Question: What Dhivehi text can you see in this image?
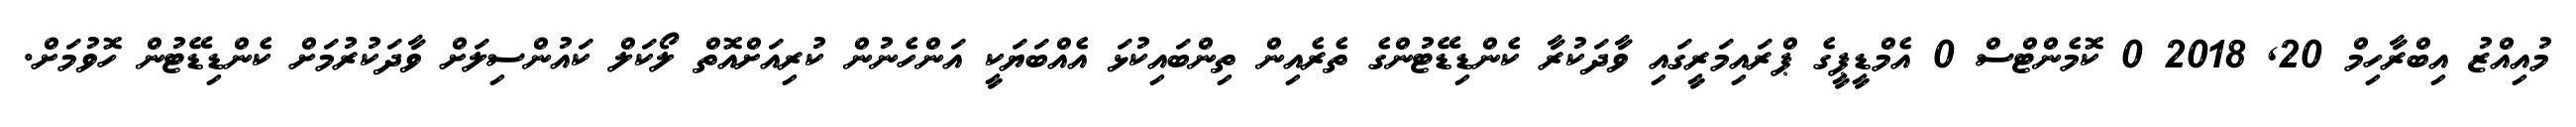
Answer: މުއިއްޒު އިބްރާހިމް 20, 2018 0 ކޮމެންޓްސް 0 އެމްޑީޕީގެ ޕްރައިމަރީގައި ވާދަކުރާ ކެންޑިޑޭޓުންގެ ތެރެއިން ތިންބައިކުޅަ އެއްބަޔަކީ އަންހެނުން ކުރިއަށްއޮތް ލޯކަލް ކައުންސިލަށް ވާދަކުރުމަށް ކެންޑިޑޭޓުން ހޮވުމަށް.